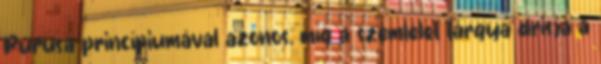
Purusa princípiumával azonos, míg a szemlélet tárgya drisja a